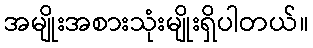
အမျိုးအစားသုံးမျိုးရှိပါတယ်။